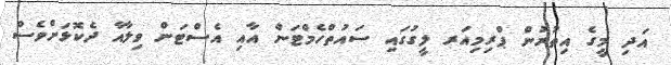
އަދި މީގެ އިތުރުން ޕްރިމިއަރ ލީގުގައި ސައުތްހެމްޓަން އާއި އެސްޓަން ވިލާއާ ދެކޮޅަށްވެސް